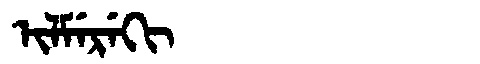
Manchu: ᡳᠯᠮᡝᡵᡝᡴᡳ
Romanization: ILMEREKI